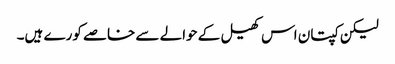
لیکن کپتان اس کھیل کے حوالے سے خاصے کورے ہیں۔